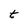
Character: t